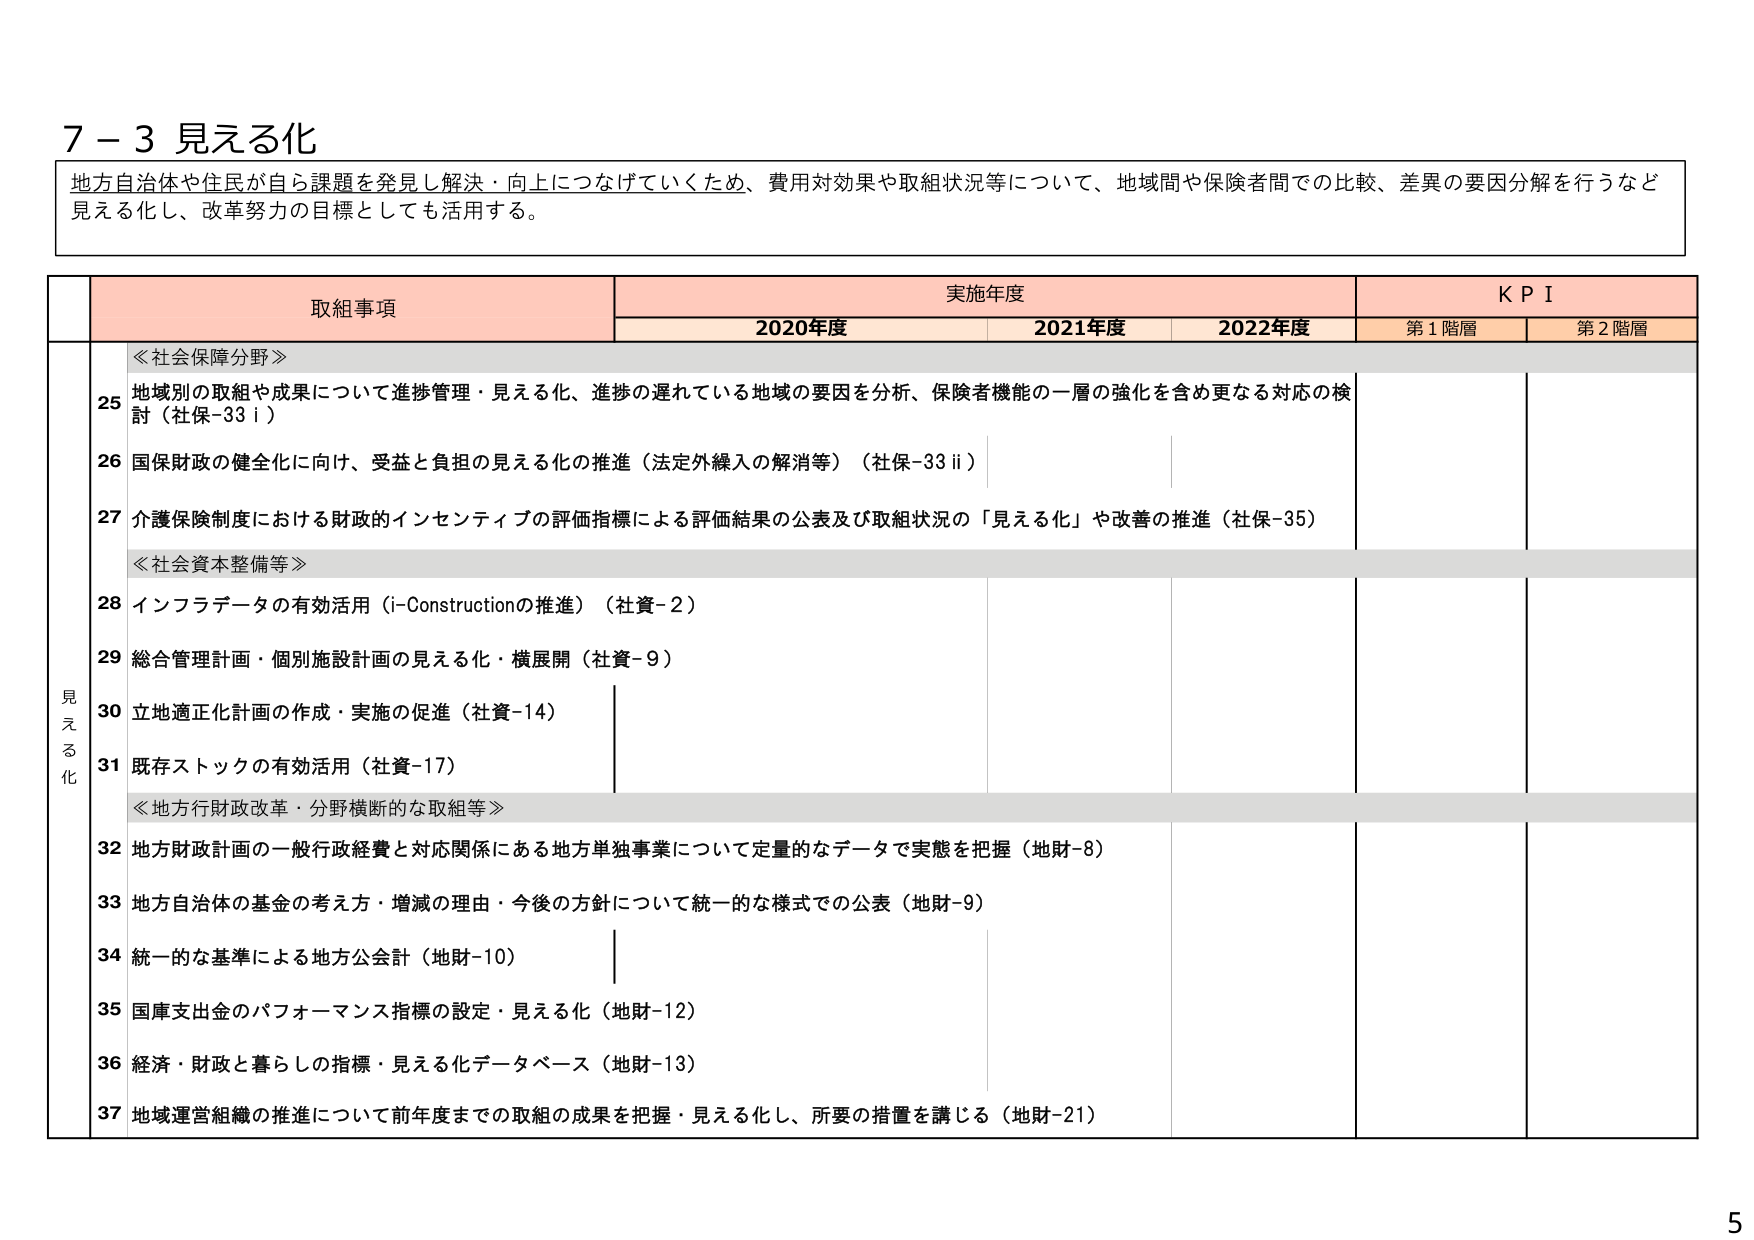
7－3 見える化
地方自治体や住民が自ら課題を発見し解決・向上につなげていくため、費用対効果や取組状況等について、地域間や保険者間での比較、差異の要因分解を行うなど
見える化し、改革努力の目標としても活用する。

取組事項　　実施年度　　ＫＰＩ
　　　　　　2020年度　　2021年度　　2022年度　　第1階層　　第2階層

見える化
25 ≪社会保障分野≫
　地域別の取組や成果について進捗管理・見える化、進捗の遅れている地域の要因を分析、保険者機能の一層の強化を含め更なる対応の検討（社保-33ⅰ）
26 国保財政の健全化に向け、受益と負担の見える化の推進（法定外繰入の解消等）（社保-33ⅱ）
27 介護保険制度における財政的インセンティブの評価指標による評価結果の公表及び取組状況の「見える化」や改善の推進（社保-35）
　≪社会資本整備等≫
28 インフラデータの有効活用（i-Constructionの推進）（社資-2）
29 総合管理計画・個別施設計画の見える化・横展開（社資-9）
30 立地適正化計画の作成・実施の促進（社資-14）
31 既存ストックの有効活用（社資-17）
　≪地方行政改革・分野横断的な取組等≫
32 地方財政計画の一般行政経費と対応関係にある地方単独事業について定量的なデータで実態を把握（地財-8）
33 地方自治体の基金の考え方・増減の理由・今後の方針について統一的な様式での公表（地財-9）
34 統一的な基準による地方公会計（地財-10）
35 国庫支出金のパフォーマンス指標の設定・見える化（地財-12）
36 経済・財政と暮らしの指標・見える化データベース（地財-13）
37 地域運営組織の推進について前年度までの取組の成果を把握・見える化し、所要の措置を講じる（地財-21）

5